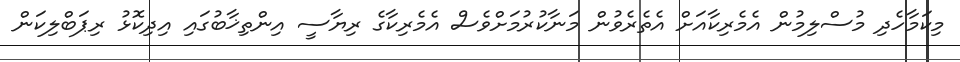
މިކަމާހެދި މުސްލިމުން އެމެރިކާއަށް އެތެރެވުން މަނާކުރުމަށްވެސް އެމެރިކާގެ ރިޔާސީ އިންތިޚާބުގައި އިދިކޮޅު ރިޕަބްލިކަން